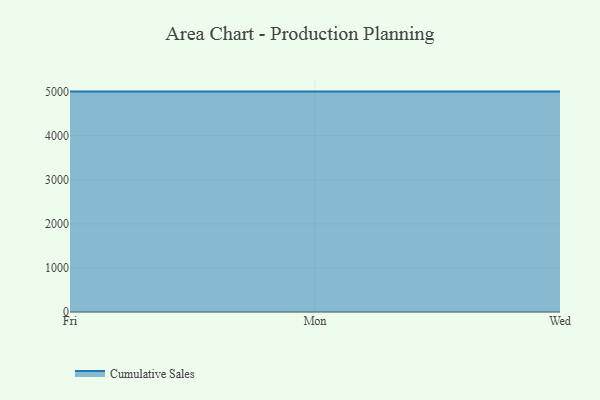
{"axis": {"x": "Day", "y": "Operating Costs (USD K)"}, "legend": ["Cumulative Sales"], "data": [{"x": "Fri", "y": 5000, "type": "Cumulative Sales"}, {"x": "Mon", "y": 5000, "type": "Cumulative Sales"}, {"x": "Wed", "y": 5000, "type": "Cumulative Sales"}]}